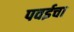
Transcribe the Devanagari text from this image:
पवईचा